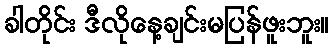
ခါတိုင်း ဒီလိုနေ့ချင်းမပြန်ဖူးဘူး။